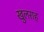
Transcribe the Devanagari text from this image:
खुलराह